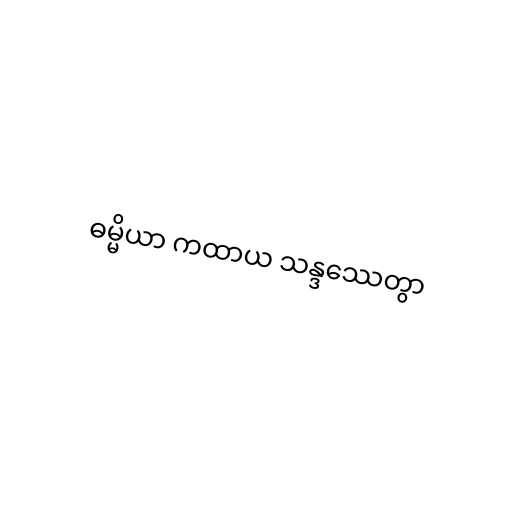
ဓမ္မိယာ ကထာယ သန္ဒဿေတွာ